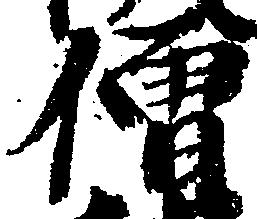
僧